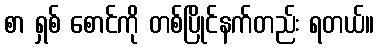
စာ ရှစ် စောင်ကို တစ်ပြိုင်နက်တည်း ရတယ်။